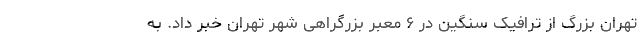
تهران بزرگ از ترافیک سنگین در ۶ معبر بزرگراهی شهر تهران خبر داد. به